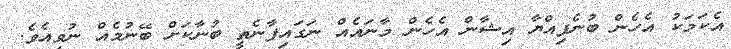
އެކަމަކު އެހެން ބުނެފިއްޔާ އިޝާން އެހެން މާނައެއް ނަގައިފާނެތީ ބުނާކަށް ބޭނުމެއް ނުވިއެވެ.